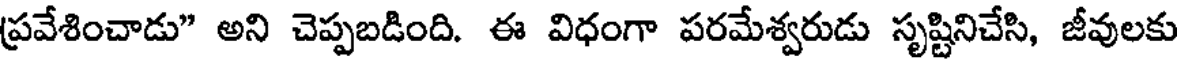
ప్రవేశించాడు" అని చెప్పబడింది. ఈ విధంగా పరమేశ్వరుడు సృష్టినిచేసి, జీవులకు